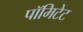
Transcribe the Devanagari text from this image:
पॉमिटेट